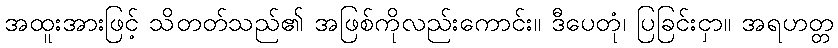
အထူးအားဖြင့် သိတတ်သည်၏ အဖြစ်ကိုလည်းကောင်း။ ဒီပေတုံ၊ ပြခြင်းငှာ။ အရဟတ္တ